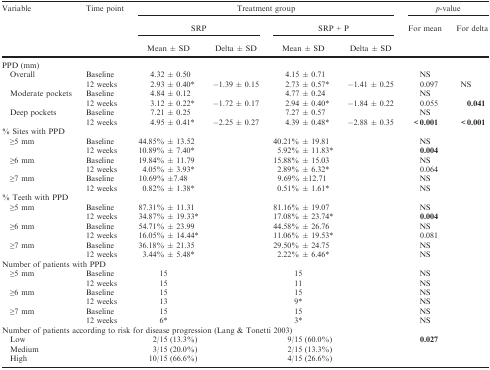
<table><thead><tr><td><b>Variable</b></td><td><b>Time point</b></td><td colspan="4"><b>Treatment group</b></td><td colspan="2"><b><i>p</i>-value</b></td></tr><tr><td></td><td></td><td colspan="2"><b>SRP</b></td><td colspan="2"><b>SRP + P</b></td><td><b>For mean</b></td><td><b>For delta</b></td></tr><tr><td></td><td></td><td><b>Mean ± SD</b></td><td><b>Delta ± SD</b></td><td><b>Mean ± SD</b></td><td><b>Delta ± SD</b></td><td></td><td></td></tr></thead><tbody><tr><td colspan="8">PPD (mm)</td></tr><tr><td rowspan="2"> Overall</td><td>Baseline</td><td>4.32 ± 0.50</td><td> </td><td>4.15 ± 0.71</td><td> </td><td>NS</td><td> </td></tr><tr><td>12 weeks</td><td>2.93 ± 0.40*</td><td>−1.39 ± 0.15</td><td>2.73 ± 0.57*</td><td>−1.41 ± 0.25</td><td>0.097</td><td>NS</td></tr><tr><td rowspan="2"> Moderate pockets</td><td>Baseline</td><td>4.84 ± 0.12</td><td> </td><td>4.77 ± 0.24</td><td> </td><td>NS</td><td> </td></tr><tr><td>12 weeks</td><td>3.12 ± 0.22*</td><td>−1.72 ± 0.17</td><td>2.94 ± 0.40*</td><td>−1.84 ± 0.22</td><td>0.055</td><td><b>0.041</b></td></tr><tr><td rowspan="2"> Deep pockets</td><td>Baseline</td><td>7.21 ± 0.25</td><td> </td><td>7.27 ± 0.57</td><td> </td><td>NS</td><td> </td></tr><tr><td>12 weeks</td><td>4.95 ± 0.41*</td><td>−2.25 ± 0.27</td><td>4.39 ± 0.48*</td><td>−2.88 ± 0.35</td><td><b>&lt;0.001</b></td><td><b>&lt;0.001</b></td></tr><tr><td colspan="8">% Sites with PPD</td></tr><tr><td rowspan="2"> ≥5 mm</td><td>Baseline</td><td>44.85% ± 13.52</td><td> </td><td>40.21% ± 19.81</td><td> </td><td>NS</td><td> </td></tr><tr><td>12 weeks</td><td>10.89% ± 7.40*</td><td> </td><td>5.92% ± 11.83*</td><td> </td><td><b>0.004</b></td><td> </td></tr><tr><td rowspan="2"> ≥6 mm</td><td>Baseline</td><td>19.84%<i> ± </i>11.79</td><td> </td><td>15.88%<i> ± </i>15.03</td><td> </td><td>NS</td><td> </td></tr><tr><td>12 weeks</td><td>4.05%<i> ± </i>3.93*</td><td> </td><td>2.89%<i> ± </i>6.32*</td><td> </td><td>0.064</td><td> </td></tr><tr><td rowspan="2"> ≥7 mm</td><td>Baseline</td><td>10.69% ±7.48</td><td> </td><td>9.69% ±12.71</td><td> </td><td>NS</td><td> </td></tr><tr><td>12 weeks</td><td>0.82%<i> ± </i>1.38*</td><td> </td><td>0.51%<i> ± </i>1.61*</td><td> </td><td>NS</td><td> </td></tr><tr><td colspan="8">% Teeth with PPD</td></tr><tr><td rowspan="2"> ≥5 mm</td><td>Baseline</td><td>87.31%<i> ± </i>11.31</td><td> </td><td>81.16%<i> ± </i>19.07</td><td> </td><td>NS</td><td> </td></tr><tr><td>12 weeks</td><td>34.87%<i> ± </i>19.33*</td><td> </td><td>17.08%<i> ± </i>23.74*</td><td> </td><td><b>0.004</b></td><td> </td></tr><tr><td rowspan="2"> ≥6 mm</td><td>Baseline</td><td>54.71%<i> ± </i>23.99</td><td> </td><td>44.58%<i> ± </i>26.76</td><td> </td><td>NS</td><td> </td></tr><tr><td>12 weeks</td><td>16.05%<i> ± </i>14.44*</td><td> </td><td>11.06%<i> ± </i>19.53*</td><td> </td><td>0.081</td><td> </td></tr><tr><td rowspan="2"> ≥7 mm</td><td>Baseline</td><td>36.18%<i> ± </i>21.35</td><td> </td><td>29.50%<i> ± </i>24.75</td><td> </td><td>NS</td><td> </td></tr><tr><td>12 weeks</td><td>3.44%<i> ± </i>5.48*</td><td> </td><td>2.22%<i> ± </i>6.46*</td><td> </td><td>NS</td><td> </td></tr><tr><td colspan="8">Number of patients with PPD</td></tr><tr><td rowspan="2"> ≥5 mm</td><td>Baseline</td><td>15</td><td> </td><td>15</td><td> </td><td>NS</td><td> </td></tr><tr><td>12 weeks</td><td>15</td><td> </td><td>11</td><td> </td><td>NS</td><td> </td></tr><tr><td rowspan="2"> ≥6 mm</td><td>Baseline</td><td>15</td><td> </td><td>15</td><td> </td><td>NS</td><td> </td></tr><tr><td>12 weeks</td><td>13</td><td> </td><td>9*</td><td> </td><td>NS</td><td> </td></tr><tr><td rowspan="2"> ≥7 mm</td><td>Baseline</td><td>15</td><td> </td><td>15</td><td> </td><td>NS</td><td> </td></tr><tr><td>12 weeks</td><td>6*</td><td> </td><td>3*</td><td> </td><td>NS</td><td> </td></tr><tr><td colspan="8">Number of patients according to risk for disease progression (Lang &amp; Tonetti 2003)</td></tr><tr><td>Low</td><td> </td><td>2/15 (13.3%)</td><td> </td><td>9/15 (60.0%)</td><td> </td><td><b>0.027</b></td><td> </td></tr><tr><td>Medium</td><td> </td><td>3/15 (20.0%)</td><td> </td><td>2/15 (13.3%)</td><td> </td><td> </td><td> </td></tr><tr><td>High</td><td> </td><td>10/15 (66.6%)</td><td> </td><td>4/15 (26.6%)</td><td> </td><td> </td><td> </td></tr></tbody></table>